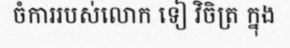
ចំការរបស់លោក ទៀ វិចិត្រ ក្នុង